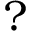
?